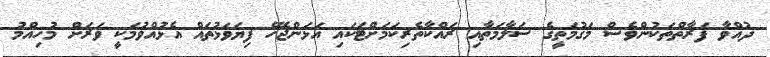
ދުއްވާ ފަރާތްތަކުންވެސް މަގުމަތީގެ ސަލާމަތާއި ރައްކާތެރިކަމަށްޓަކައި އަޅަންޖެހޭ ފިޔަވަޅުތައް އެޅުއްވުމަކީ ވަރަށް މުހިއްމު